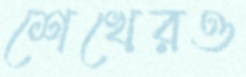
শেখেরও